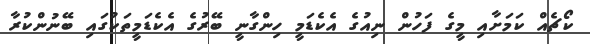
ކޯޗެއް ކަމަށާއި މީގެ ފަހުން ނިއުގެ އެކެޑަމީ ހިންގާނީ ބޭރުގެ އެކެޑަމީތަކުގައި ބޭނުންކުރާ